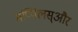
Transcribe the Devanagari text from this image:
मप्पिलस्और